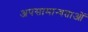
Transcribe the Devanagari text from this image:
अपसामान्यताओं